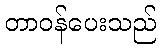
တာဝန်ပေးသည်